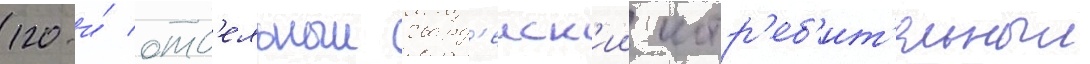
120-и́ отд'ельныи гвард'еиск'ии истр'еб'ит'ельныи